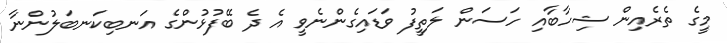
މީގެ ތެރެއިން ޝިހާބާއި ހަސަން ލަތީފު ވަޑައިގެންނެވީ އެ ދެ ބޭފުޅުންގެ އަނބިކަނބަލުންނާ